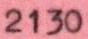
2130